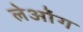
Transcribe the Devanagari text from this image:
लेओंग